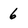
Character: 6